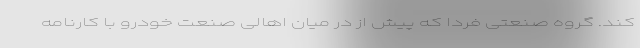
کند. گروه صنعتی فردا که پیش از در میان اهالی صنعت خودرو با کارنامه